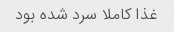
غذا کاملا سرد شده بود